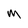
Character: M